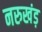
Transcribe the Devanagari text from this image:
नरुखंड़